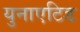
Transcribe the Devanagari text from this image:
युनाएटिड